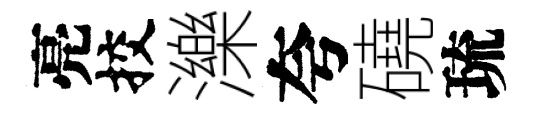
亮挍濼夸磽琉